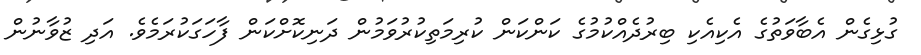
ގުޅިގެން އެބާވަތުގެ އެކިއެކި ބިރުދެއްކުމުގެ ކަންކަން ކުރިމަތިކުރުވަމުން ދަނިކޮށްކަން ފާހަގަކުރަމެވެ. އަދި ޒުވާނުން